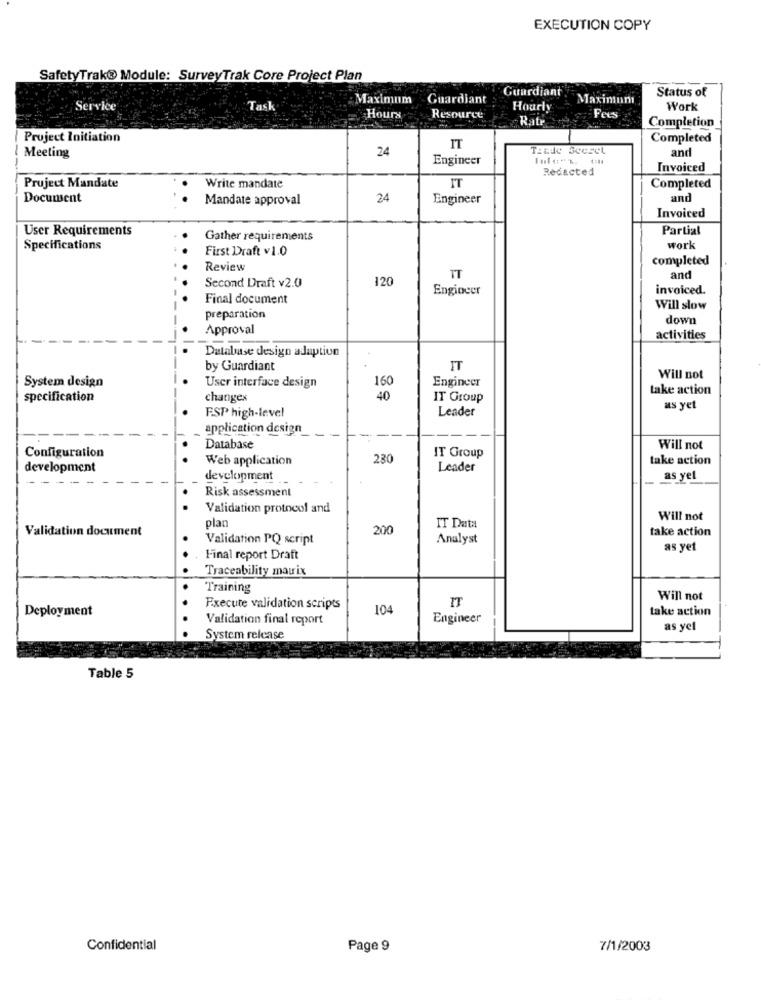
EXECUTION COPY
SafetyTrak® Module: SurveyTrak Core Project Plan
Guardiant
Status of
Maximum
Guardiant
Maxininn
Service
Task
Hourly
Work
Hours
Resource
Rate
Fee
Completion
Project Initiation
Completed
24
IT
and
Meeting
Engineer
Redacted
Invoiced
Project Mandate
Write mandate
IT
Completed
Documsent
Mandate approval
24
Engineer
and
Invoiced
User Requirements
Partial
Gather requirements
Specifications
First Draft v 1.0
work
completed
Review
120
IT
and
Second Draft v2.0
Engineer
invoiced.
Final document
Will slow
preparation
down
Approval
activities
Database design adaption
by Guardiant
IT
System design
User interface design
160
Engineer
Will not
take action
specification
changex
40
IT Group
FSP high-level
Leader
as yet
application design
--
Database
Will not
Configuration
Web application
230
IT Group
take action
development
Leader
development
as yel
Risk assessment
Validation protocol and
plan
Will not
Validation document
200
IT Data
take action
Validation PQ script
Analyst
as yet
Final report Draft
Traceability matrix
Training
IT
Will not
Deployment
Execute validation scripts
104
take action
Validation final report
Engineer
as yel
System release
Table 5
Confidential
Page 9
7/1/2003